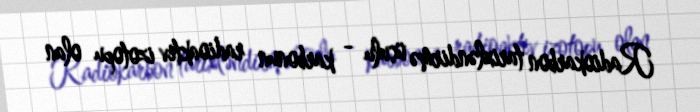
Radiokarbon tarixləndirmə üsulu - karbonun radioaktiv izotopu olan